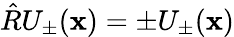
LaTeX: \hat{R}U_{\pm}(\mathbf{x})=\pm U_{\pm}(\mathbf{x})